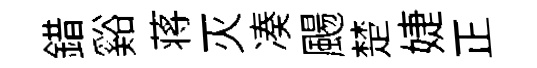
錯谿蒋灭凑颺楚婕正